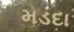
મડદા